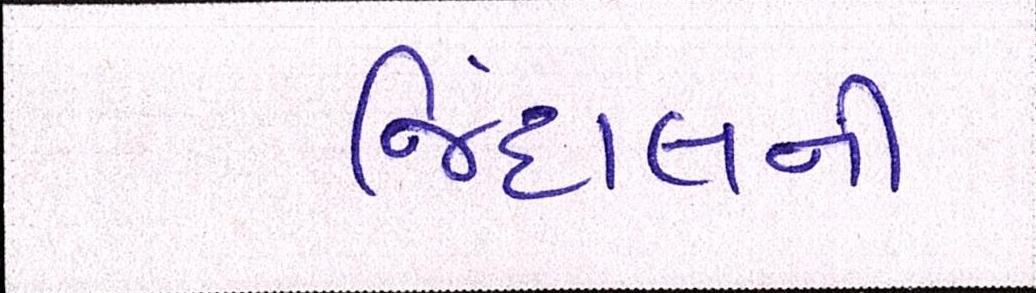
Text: જિંદાલની